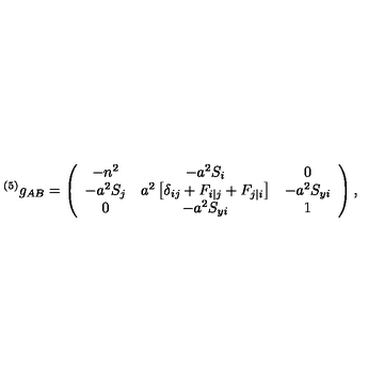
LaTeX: { } ^ { ( 5 ) } g _ { A B } = \left( \begin{array} { c c c } { - n ^ { 2 } } & { - a ^ { 2 } S _ { i } } & { 0 \nonumber } \\ { - a ^ { 2 } S _ { j } } & { a ^ { 2 } \left[ \delta _ { i j } + F _ { i | j } + F _ { j | i } \right] } & { - a ^ { 2 } S _ { y i } \nonumber } \\ { 0 } & { - a ^ { 2 } S _ { y i } } & { 1 \nonumber } \\ \end{array} \right) ,